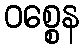
ဝစ္စေန